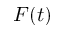
F ( t )